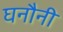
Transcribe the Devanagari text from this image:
घनौनी